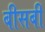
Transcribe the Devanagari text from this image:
बीसबीं